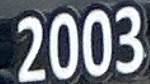
2003